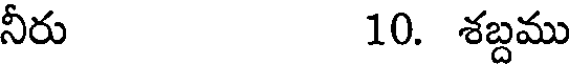
నీరు 10. శబ్దము